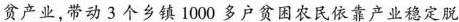
贫产业，带动3个乡镇1000多户贫困农民依靠产业稳定